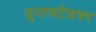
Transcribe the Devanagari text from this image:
युनायटेडवर